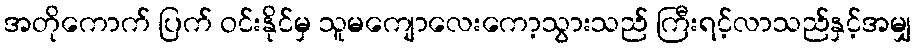
အတိုကောက် ပြက် ဝင်းနိုင်မှ သူမကျောလေးကော့သွားသည် ကြီးရင့်လာသည်နှင့်အမျှ